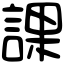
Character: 課